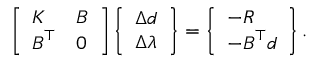
\left[ \begin{array} { l l } { \boldsymbol { K } } & { \boldsymbol { B } } \\ { \boldsymbol { B } ^ { \top } } & { \boldsymbol { 0 } } \end{array} \right] \left\{ \begin{array} { l } { \Delta \boldsymbol { d } } \\ { \Delta \boldsymbol { \lambda } } \end{array} \right\} = \left\{ \begin{array} { l } { - \boldsymbol { R } } \\ { - \boldsymbol { B } ^ { \top } \boldsymbol { d } } \end{array} \right\} .